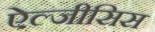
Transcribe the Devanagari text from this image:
ऐल्जीसिस